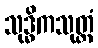
သုဒ္ဓိကသုတ္တံ